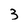
Character: 3